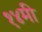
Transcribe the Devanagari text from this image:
१४मी